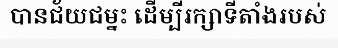
បានជ័យជម្នះ ដើម្បីរក្សាទីតាំងរបស់